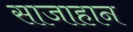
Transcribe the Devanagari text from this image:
साजाहान